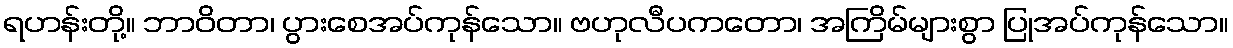
ရဟန်းတို့။ ဘာဝိတာ၊ ပွားစေအပ်ကုန်သော။ ဗဟုလီပကတော၊ အကြိမ်များစွာ ပြုအပ်ကုန်သော။